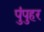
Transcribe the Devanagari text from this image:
पुंपुहर